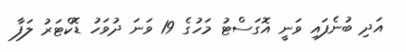
އަދި ބުނެފައި ވަނީ އޮގަސްޓު މަހުގެ 19 ވަނަ ދުވަހު ޑޮކްޓަރު ލަފާ